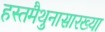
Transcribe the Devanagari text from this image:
हस्तमैथुनासारख्या